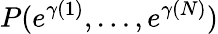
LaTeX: P(e^{\gamma(1)},\dots,e^{\gamma(N)})